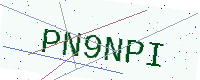
Text: PN9NPI